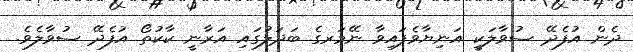
ދެން އުފެދޭ ސުވާލަކީ އަނިޔާވެފައިވާ ނޭމަރގެ ބަދަލުގައި އަރާނީ ކާކުތޯ އުފެދޭ ސުވާލެވެ.